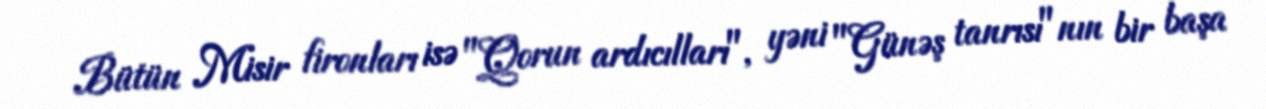
Bütün Misir fironları isə "Qorun ardıcılları", yəni "Günəş tanrısı"nın bir başa